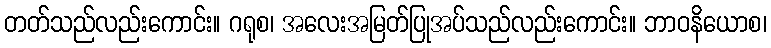
တတ်သည်လည်းကောင်း။ ဂရုစ၊ အလေးအမြတ်ပြုအပ်သည်လည်းကောင်း။ ဘာဝနိယောစ၊